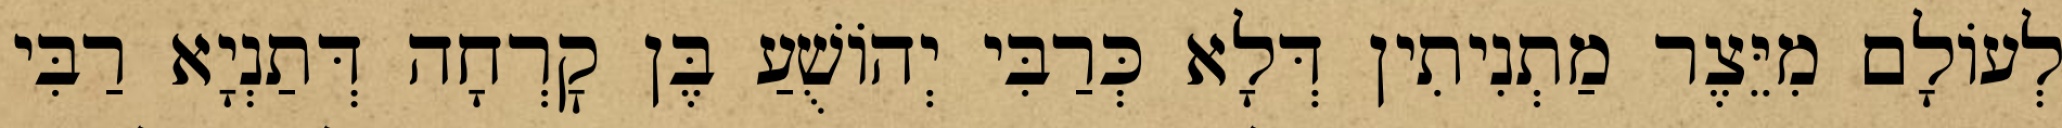
לְעוֹלָם מִיֵּצֶר מַתְנִיתִין דְּלָא כְּרַבִּי יְהוֹשֻׁעַ בֶּן קׇרְחָה דְּתַנְיָא רַבִּי